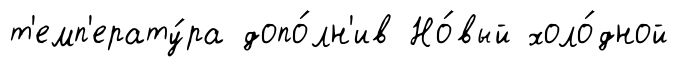
т'емп'ерату́ра допо́лн'ив Но́вый холо́дной